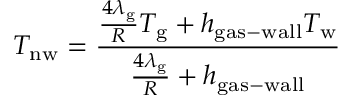
T _ { \mathrm { n w } } = \frac { \frac { 4 \lambda _ { \mathrm { g } } } { R } T _ { \mathrm { g } } + h _ { \mathrm { g a s - w a l l } } T _ { \mathrm { w } } } { \frac { 4 \lambda _ { \mathrm { g } } } { R } + h _ { \mathrm { g a s - w a l l } } }